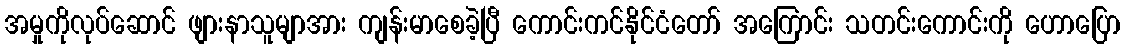
အမှုကိုလုပ်ဆောင် ဖျားနာသူမျာအား ကျန်းမာစေခဲ့ပြီ ကောင်းကင်နိုင်ငံတော် အကြောင်း သတင်းကောင်းကို ဟောပြော